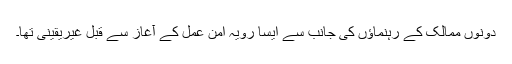
دونوں ممالک کے رہنماؤں کی جانب سے ایسا رویہ امن عمل کے آغاز سے قبل غیریقینی تھا۔